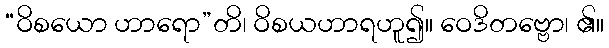
“ဝိစယော ဟာရော”တိ၊ ဝိစယဟာရဟူ၍။ ဝေဒိတဗ္ဗော၊ ၏။